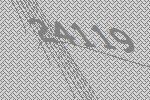
24119